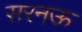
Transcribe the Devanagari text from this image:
सरनऊ